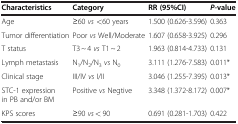
<table><thead><tr><td><b>Characteristics</b></td><td><b>Category</b></td><td><b>RR (95%CI)</b></td><td><b><i>P-</i>value</b></td></tr></thead><tbody><tr><td>Age</td><td>≥60 <i>vs</i> &lt;60 years</td><td>1.500 (0.626-3.596)</td><td>0.363</td></tr><tr><td>Tumor differentiation</td><td>Poor <i>vs</i> Well/Moderate</td><td>1.607 (0.658-3.925)</td><td>0.296</td></tr><tr><td>T status</td><td>T3 ~ 4 <i>vs</i> T1 ~ 2</td><td>1.963 (0.814-4.733)</td><td>0.131</td></tr><tr><td>Lymph metastasis</td><td>N<sub>1</sub>/N<sub>2</sub>/N<sub>3</sub><i>vs</i> N<sub>0</sub></td><td>3.111 (1.276-7.583)</td><td>0.011*</td></tr><tr><td>Clinical stage</td><td>III/IV <i>vs</i> I/II</td><td>3.046 (1.255-7.395)</td><td>0.013*</td></tr><tr><td>STC-1 expression in PB and/or BM</td><td>Positive <i>vs</i> Negtive</td><td>3.348 (1.372-8.172)</td><td>0.007*</td></tr><tr><td>KPS scores</td><td>≥90 <i>vs</i> &lt; 90</td><td>0.691 (0.281-1.703)</td><td>0.422</td></tr></tbody></table>